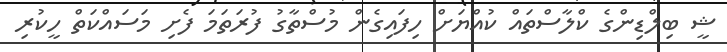
ޝީ ބިލްޑިންގެ ކްލާސްތައް ކުއްޔަށް ހިފައިގެން މުސްތާގު ފުރަތަމަ ފެށި މަސައްކަތް ހީކުރި